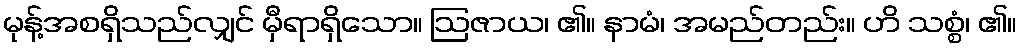
မုန့်အစရှိသည်လျှင် မှီရာရှိသော။ ဩဇာယ၊ ၏။ နာမံ၊ အမည်တည်း။ ဟိ သစ္စံ၊ ၏။